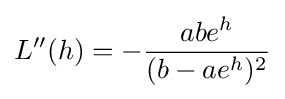
L''(h)=-{\frac {abe^{h}}{(b-ae^{h})^{2}}}